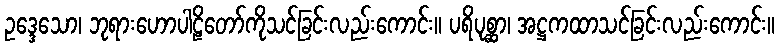
ဥဒ္ဒေသော၊ ဘုရားဟောပါဠိတော်ကိုသင်ခြင်းလည်းကောင်း။ ပရိပုစ္ဆာ၊ အဋ္ဌကထာသင်ခြင်းလည်းကောင်း။